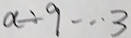
a \div 9 \cdots 3